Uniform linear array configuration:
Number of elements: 64
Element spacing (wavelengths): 0.25
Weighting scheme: hamming
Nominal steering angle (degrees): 15
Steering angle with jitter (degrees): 15.346
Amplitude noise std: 0.05
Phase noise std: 0.05

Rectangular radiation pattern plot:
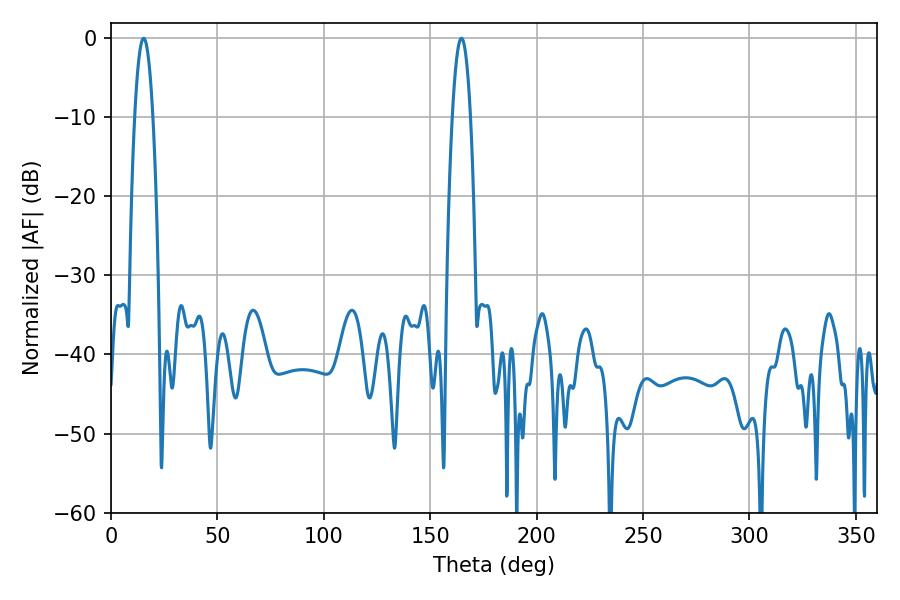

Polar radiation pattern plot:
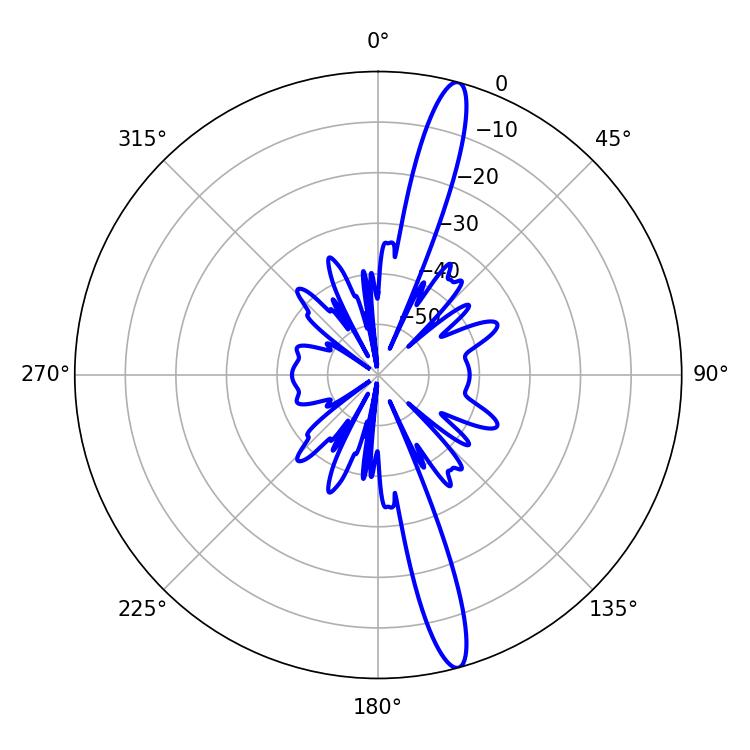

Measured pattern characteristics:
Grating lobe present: FALSE
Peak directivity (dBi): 16.265
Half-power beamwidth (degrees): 4.68
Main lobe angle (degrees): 15.3